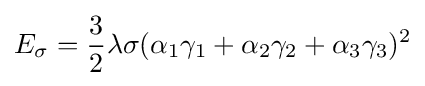
E_{\sigma }={\frac {3}{2}}\lambda \sigma (\alpha _{1}\gamma _{1}+\alpha _{2}\gamma _{2}+\alpha _{3}\gamma _{3})^{2}